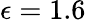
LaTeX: \epsilon=1.6